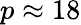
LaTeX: p\approx 18